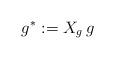
LaTeX: \begin{align*} g^*:=X_{g}\, g\end{align*}